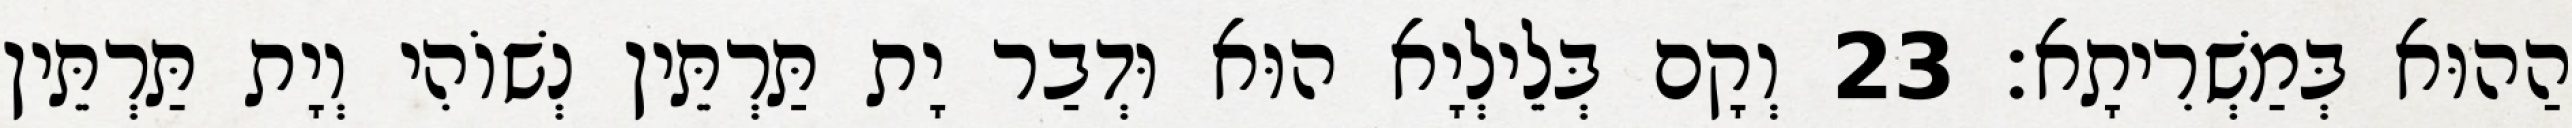
הַהוּא בְּמַשְׁרִיתָא׃ 23 וְקָם בְּלֵילְיָא הוּא וּדְבַר יָת תַּרְתֵּין נְשׁוֹהִי וְיָת תַּרְתֵּין